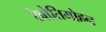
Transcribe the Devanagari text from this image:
रेबोतिमोहन